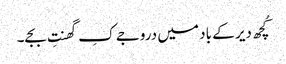
کُچھ دیر کے باد میں دروجے کِ گھنتِ بجے۔